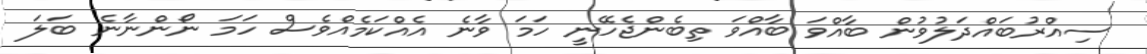
ސިއްރުބައްދަލުވުން ބާއްވަ ބާއްވަ ތިބެންޖެހޭނީ ހަމަ ވާނެ އެއްކަމެއްވެސް ހަމަ ނޯންނާނެ ބަލަ